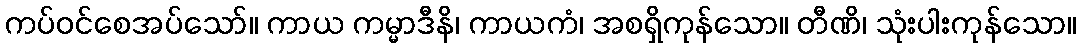
ကပ်ဝင်စေအပ်သော်။ ကာယ ကမ္မာဒီနိ၊ ကာယကံ၊ အစရှိကုန်သော။ တီဏိ၊ သုံးပါးကုန်သော။